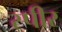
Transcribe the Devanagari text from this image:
स्पीर